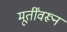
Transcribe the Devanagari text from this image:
मूर्तींवरून